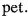
pet.